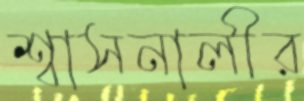
শ্বাসনালীর